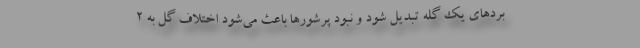
بردهای یک گله تبدیل شود و نبود پرشورها باعث می‌شود اختلاف گل به ۲